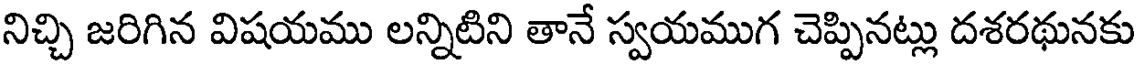
నిచ్చి జరిగిన విషయము లన్నిటిని తానే స్వయముగ చెప్పినట్లు దశరథునకు